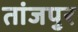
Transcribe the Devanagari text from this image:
तांजपुर